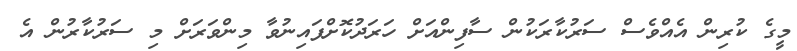
މީގެ ކުރިން އެއްވެސް ސަރުކާރަކުން ސާފިންއަށް ހަރަދުކޮށްފައިނުވާ މިންވަރަށް މި ސަރުކާރުން އެ